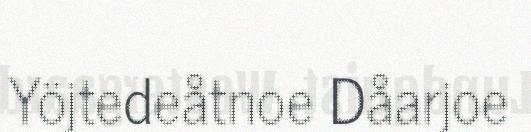
Yöjtedeåtnoe Dåarjoe